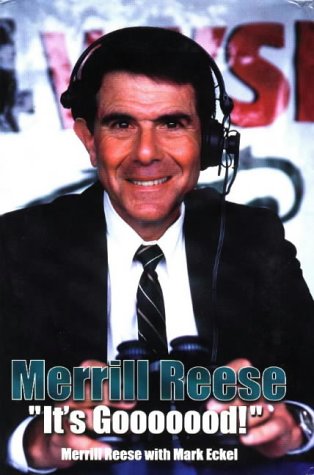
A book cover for Merrill Reese: It's Gooooood!; Merrill Reese; Sports & Outdoors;